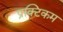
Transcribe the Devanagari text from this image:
प्रक्टिकम